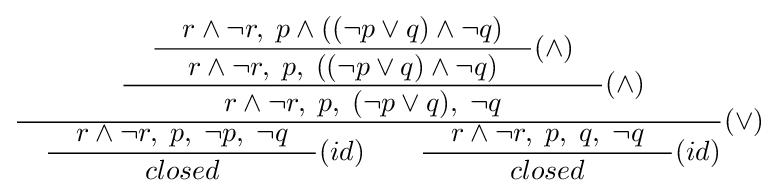
{\dfrac {\quad {\dfrac {\quad {\dfrac {\quad r\land \neg r,\;p\land ((\neg p\lor q)\land \neg q)\quad }{r\land \neg r,\;p,\;((\neg p\lor q)\land \neg q)}}(\land )\quad }{r\land \neg r,\;p,\;(\neg p\lor q),\;\neg q}}(\land )}{\quad {\dfrac {\quad r\land \neg r,\;p,\;\neg p,\;\neg q\quad }{closed}}(id)\quad \quad {\dfrac {\quad r\land \neg r,\;p,\;q,\;\neg q\quad }{closed}}(id)}}(\lor )